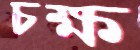
চক্ষ